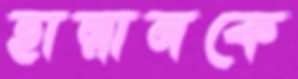
হান্নানকে